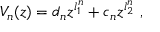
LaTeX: V _ { n } ( z ) = d _ { n } z ^ { l _ { 1 } ^ { n } } + c _ { n } z ^ { l _ { 2 } ^ { n } } ~ ,